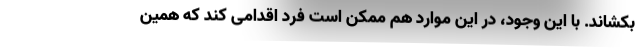
بکشاند. با این وجود، در این موارد هم ممکن است فرد اقدامی کند که همین